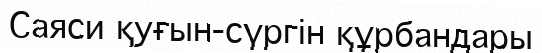
Саяси қуғын-сүргін құрбандары